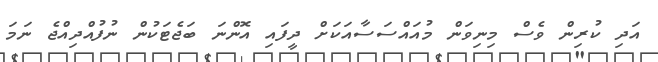
އަދި ކުރިން ވެސް މިނިވަން މުއައްސަސާއަކަށް ދީފައި އޮންނަ ބަޖެޓަކުން ނުފުއްދިއްޖެ ނަމަ